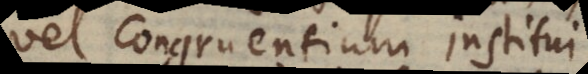
vel congruentium institui